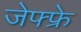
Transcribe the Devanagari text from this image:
जेफ्फ्रे